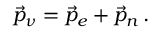
\vec { p } _ { \nu } = \vec { p } _ { e } + \vec { p } _ { n } \, .